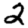
Digit: 2